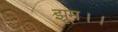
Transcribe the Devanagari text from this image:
झूम।।